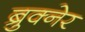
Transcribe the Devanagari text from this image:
ब्रुक्नेर